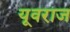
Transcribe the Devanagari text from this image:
यूवराज